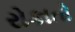
રોકાતો